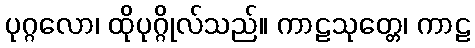
ပုဂ္ဂလော၊ ထိုပုဂ္ဂိုလ်သည်။ ကာဠသုတ္တေ၊ ကာဠ